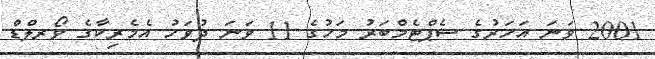
2001 ވަނަ އަހަރުގެ ސެޕްޓެމްބަރު މަހުގެ 11 ވަނަ ދުވަހު އެމެރިކާގެ ވޯރލްޑް